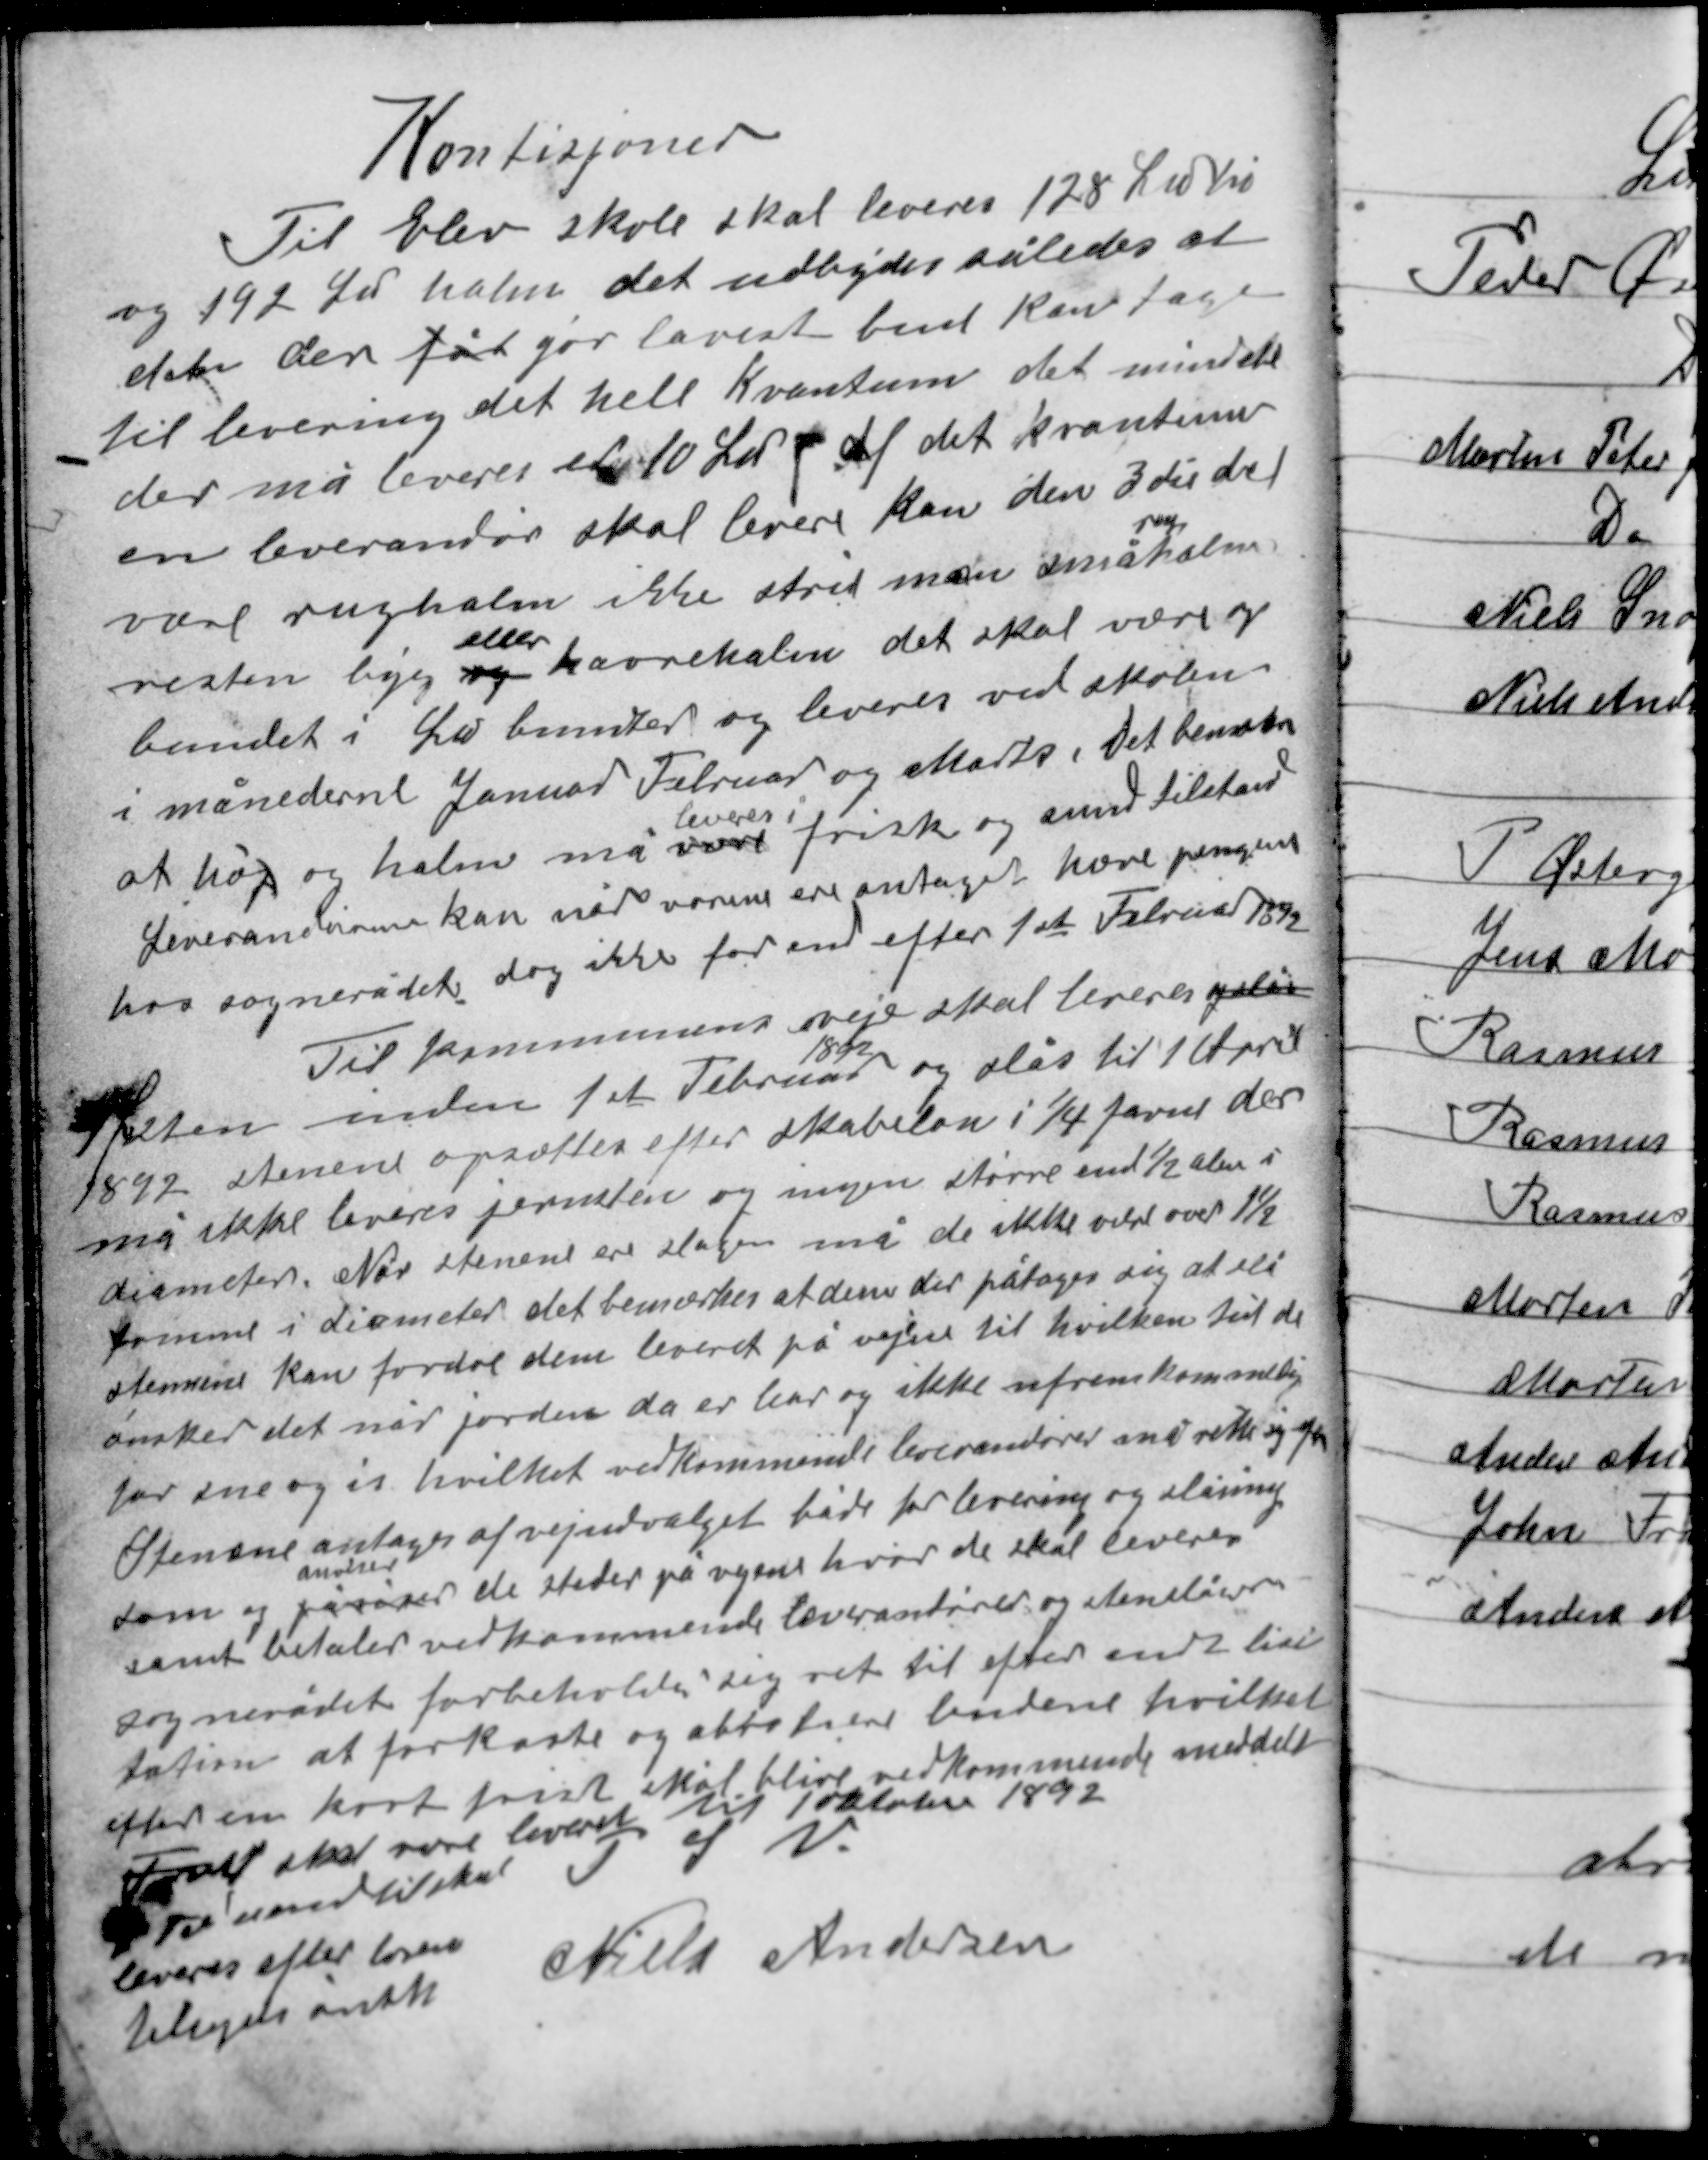
Transskription:
Kondisjoner

Til Elev skole skal leveres 128 ℔ hø
og 192 ℔ halm det udbydes således at
den der fåt gør lavest bud kan tage
til levering det hele Kvantum det mindste
der må leveres er 10 ℔ af det kvantum
en leverandør skal levere kan den 3die del
rug
være rughalm ikke strid men småhalm
eller
resten byg havrehalm det skal være og
bundtet i ℔ bundter og leveres ved skolen
i månederne Januar Februar og Marts. Det bemærkes
leveres i
at høj og halm må være frisk og sund tilstand
Leverandøren kan når varene ere antaget hæve pengene
hos sognerådet dog ikke før end efter 1ste Februar 1892

Til kommunens veje skal leveres palår
1892
 sten inden 1ste Februar og slås til 1 April
1892 stenene opsættes efter skabelon i 1/4 favne der
må ikke leveres jernsten og ingen større end ½ alen i
diameter. Når stenene ere slagen må de ikke være over 1½
tomme i diameter det bemærkes at dem der påtager sig at slå
stenene kan fordre dem leveret på vejen til hvilken tid de
ønsker det når joren da er bar og ikke ufremkommelig
for sne og is hvilket vedkommende leverandører må rette sig efter
Stenene antages af vejudvalget både for levering og slåning
anviser
som og påviser de steder på vejene hvor de skal leveres
samt betaler vedkommende leverandører og stenslåer
sognerådet forbeholder sig ret til efter endt lisi-
tation at forkaste og abtrahere budene hvilket
efter en kort frist skal blive vedkommende meddelt
Alt skalvære leveret til 1 oktober 1892.

P S V.
Niels Andersen

Til vand til skal
leveres efter xxxxx
xxxgets ønske